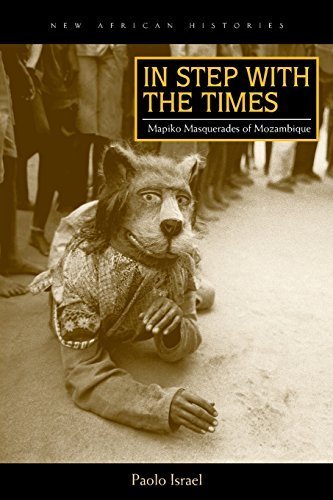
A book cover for In Step with the Times: Mapiko Masquerades of Mozambique (New African Histories) by Israel, Paolo (2014) Paperback; Travel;